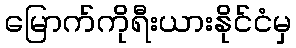
မြောက်ကိုရီးယားနိုင်ငံမှ